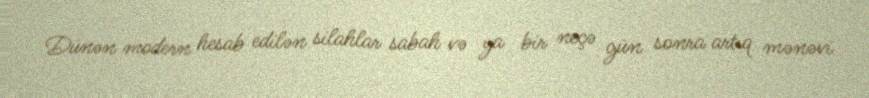
Dünən modern hesab edilən silahlar sabah və ya bir neçə gün sonra artıq mənəvi